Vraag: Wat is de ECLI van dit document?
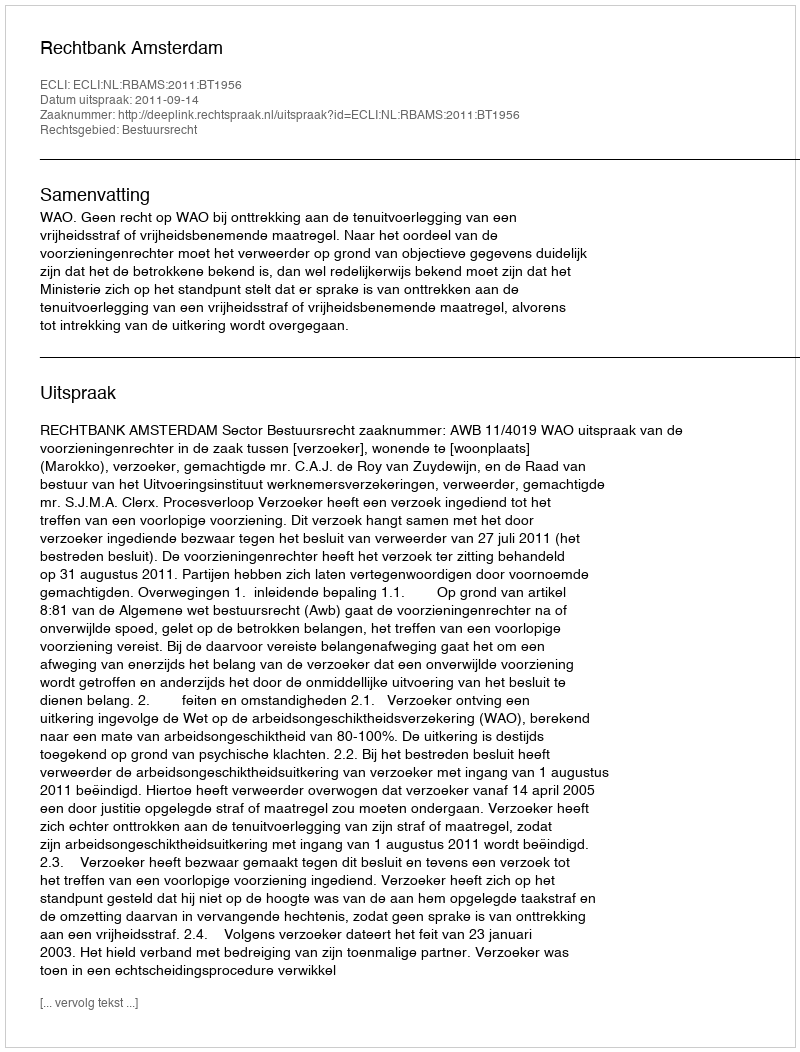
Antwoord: ECLI:NL:RBAMS:2011:BT1956